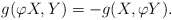
\begin{align*}g(\varphi X, Y)=-g(X,\varphi Y).\end{align*}